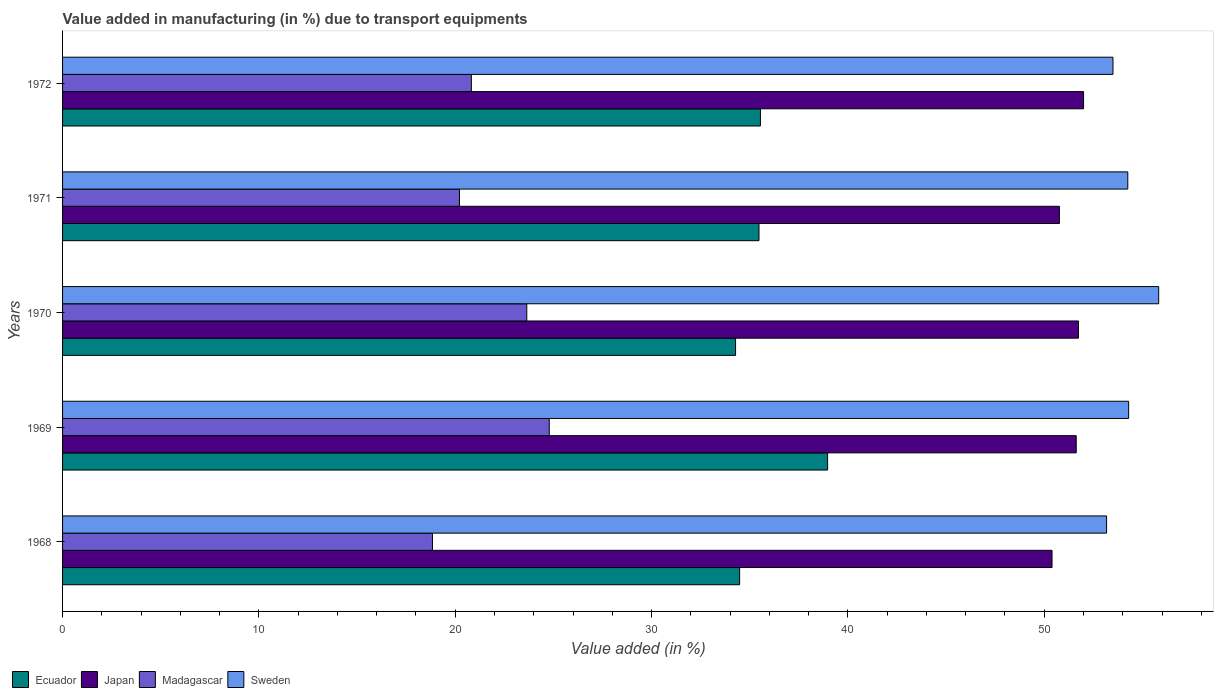
| Years | Ecuador | Japan | Madagascar | Sweden |
 | --- | --- | --- | --- | --- |
 | 1968 | 34.5 | 50.4 | 18.8 | 53.2 |
 | 1969 | 39 | 51.6 | 24.8 | 54.3 |
 | 1970 | 34.3 | 51.7 | 23.6 | 55.8 |
 | 1971 | 35.5 | 50.8 | 20.2 | 54.3 |
 | 1972 | 35.5 | 52 | 20.8 | 53.5 |